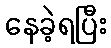
နေခဲ့ရပြီး